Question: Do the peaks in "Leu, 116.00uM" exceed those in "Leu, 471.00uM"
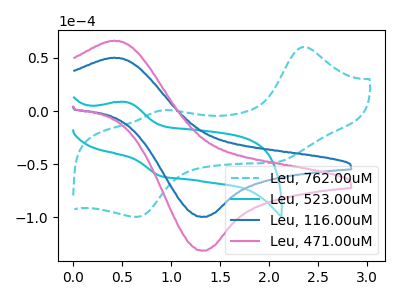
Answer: <think>The cyan dashed curve "Leu, 762.00uM" has anodic peaks at (2.35V, 60.35uA) (0.90V, 0.70uA) and cathodic peaks at (2.10V, -47.80uA) (0.65V, -99.70uA). The cyan curve "Leu, 523.00uM" has an anodic peak at (0.55V, 8.50uA) and a cathodic peak at (0.90V, -61.25uA). The blue curve "Leu, 116.00uM" has an anodic peak at (0.40V, 50.15uA) and a cathodic peak at (1.30V, -99.65uA). The pink curve "Leu, 471.00uM" has an anodic peak at (0.40V, 66.15uA) and a cathodic peak at (1.30V, -131.45uA).</think>
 <answer>Every peak in "Leu, 116.00uM" is lower than every peak in "Leu, 471.00uM".</answer>
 <eval>lower</eval>